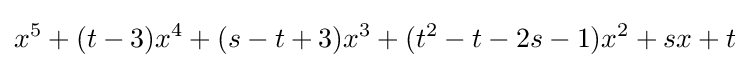
x^{5}+(t-3)x^{4}+(s-t+3)x^{3}+(t^{2}-t-2s-1)x^{2}+sx+t